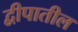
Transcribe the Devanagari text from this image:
द्वीपातील